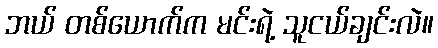
ဘယ် တစ်ယောက်က မင်းရဲ့ သူငယ်ချင်းလဲ။